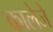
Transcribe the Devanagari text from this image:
कालेजे